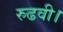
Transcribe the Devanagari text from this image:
रुढवी।